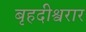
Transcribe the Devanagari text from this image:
बृहदीश्वरार